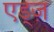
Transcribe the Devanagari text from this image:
एड्ज़